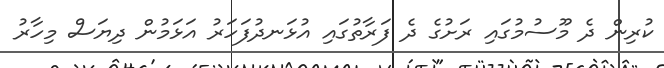
ކުރިން ދެ މޫސުމުގައި ރަށުގެ ދެ ފަރާތުގައި އުޅަނދުފަހަރު އަޅަމުން ދިޔަސް މިހާރު